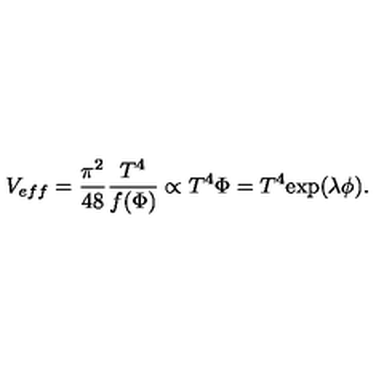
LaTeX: V _ { e f f } = \frac { \pi ^ { 2 } } { 4 8 } \frac { T ^ { 4 } } { f ( \Phi ) } \propto T ^ { 4 } \Phi = T ^ { 4 } \mathrm { e x p } ( \lambda \phi ) .